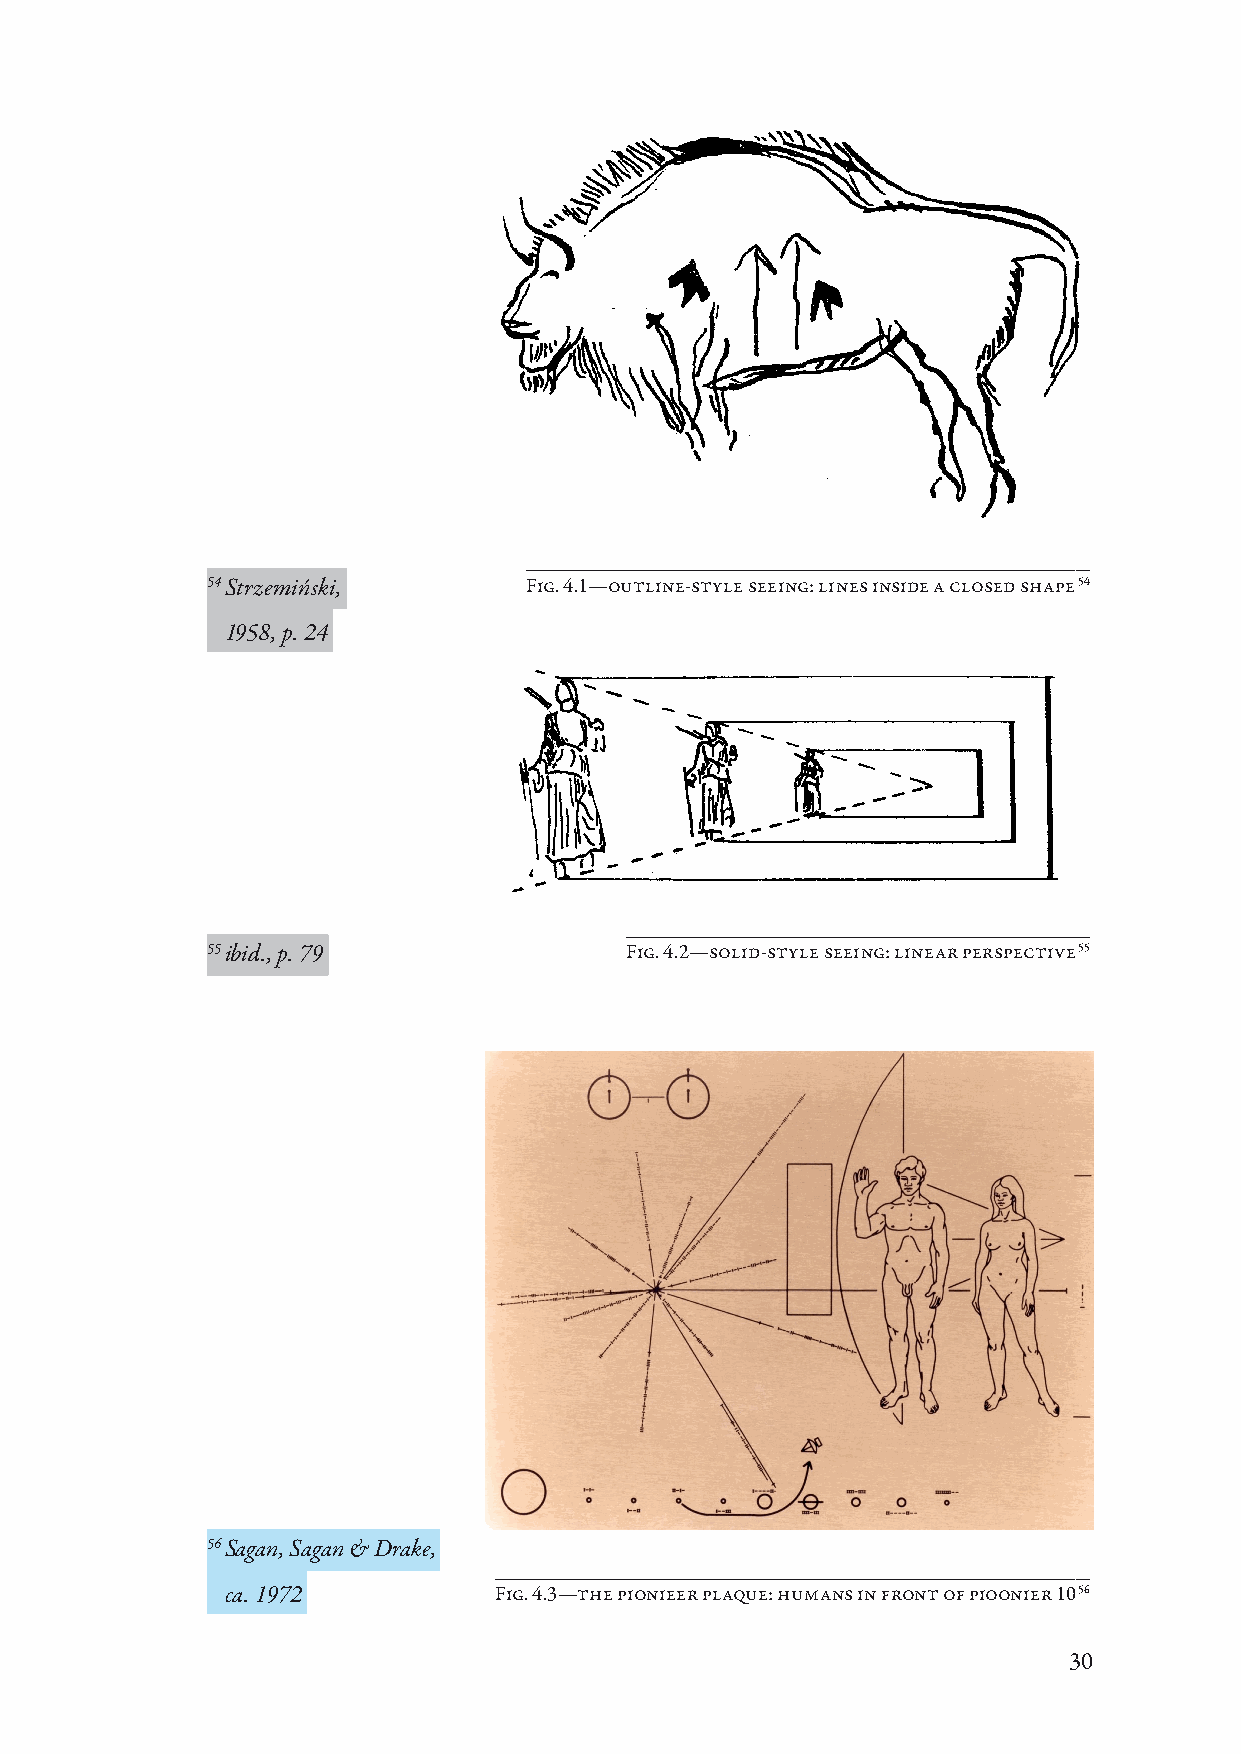
54 Strzemiński,      Fig. 4.1—outline-style seeing: lines inside a closed shape 54
 1958, p. 24
 55 ibid., p. 79            Fig. 4.2—solid-style seeing: linear perspective 55
 56 Sagan, Sagan & Drake,
 ca. 1972          Fig. 4.3—the pionieer plaQue: humans in front of pioonier 10 56
 30